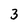
Character: 3